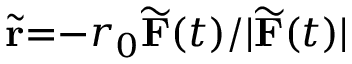
\widetilde { \mathbf { r } } { = } { - } r _ { 0 } \widetilde { \mathbf { F } } ( t ) / | \widetilde { \mathbf { F } } ( t ) |